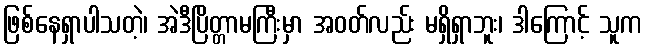
ဖြစ်နေရှာပါသတဲ့၊ အဲဒီပြိတ္တာမကြီးမှာ အဝတ်လည်း မရှိရှာဘူး၊ ဒါကြောင့် သူက